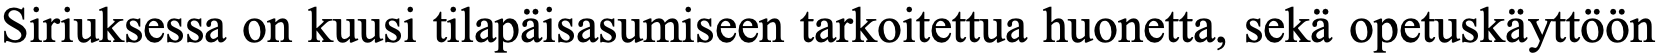
Siriuksessa on kuusi tilapäisasumiseen tarkoitettua huonetta, sekä opetuskäyttöön